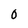
Character: O